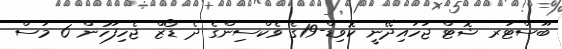
ބޫސްޓަރ ޝޮޓް ޖަހައިދޭނީ ކޮވިޑް-19ގެ ވެކްސިންގެ ދެ ޑޯޒް ޖެހިފަހުން 6 މަސް